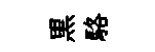
黒駱